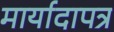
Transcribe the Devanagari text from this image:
मार्यादापत्र